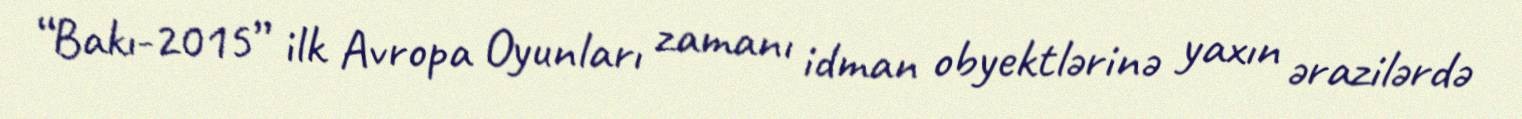
“Bakı-2015” ilk Avropa Oyunları zamanı idman obyektlərinə yaxın ərazilərdə